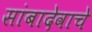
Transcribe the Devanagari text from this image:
सांबादेवाचे